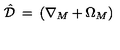
\hat { \mathcal { D } } \: = \: ( \nabla _ { M } + \Omega _ { M } )